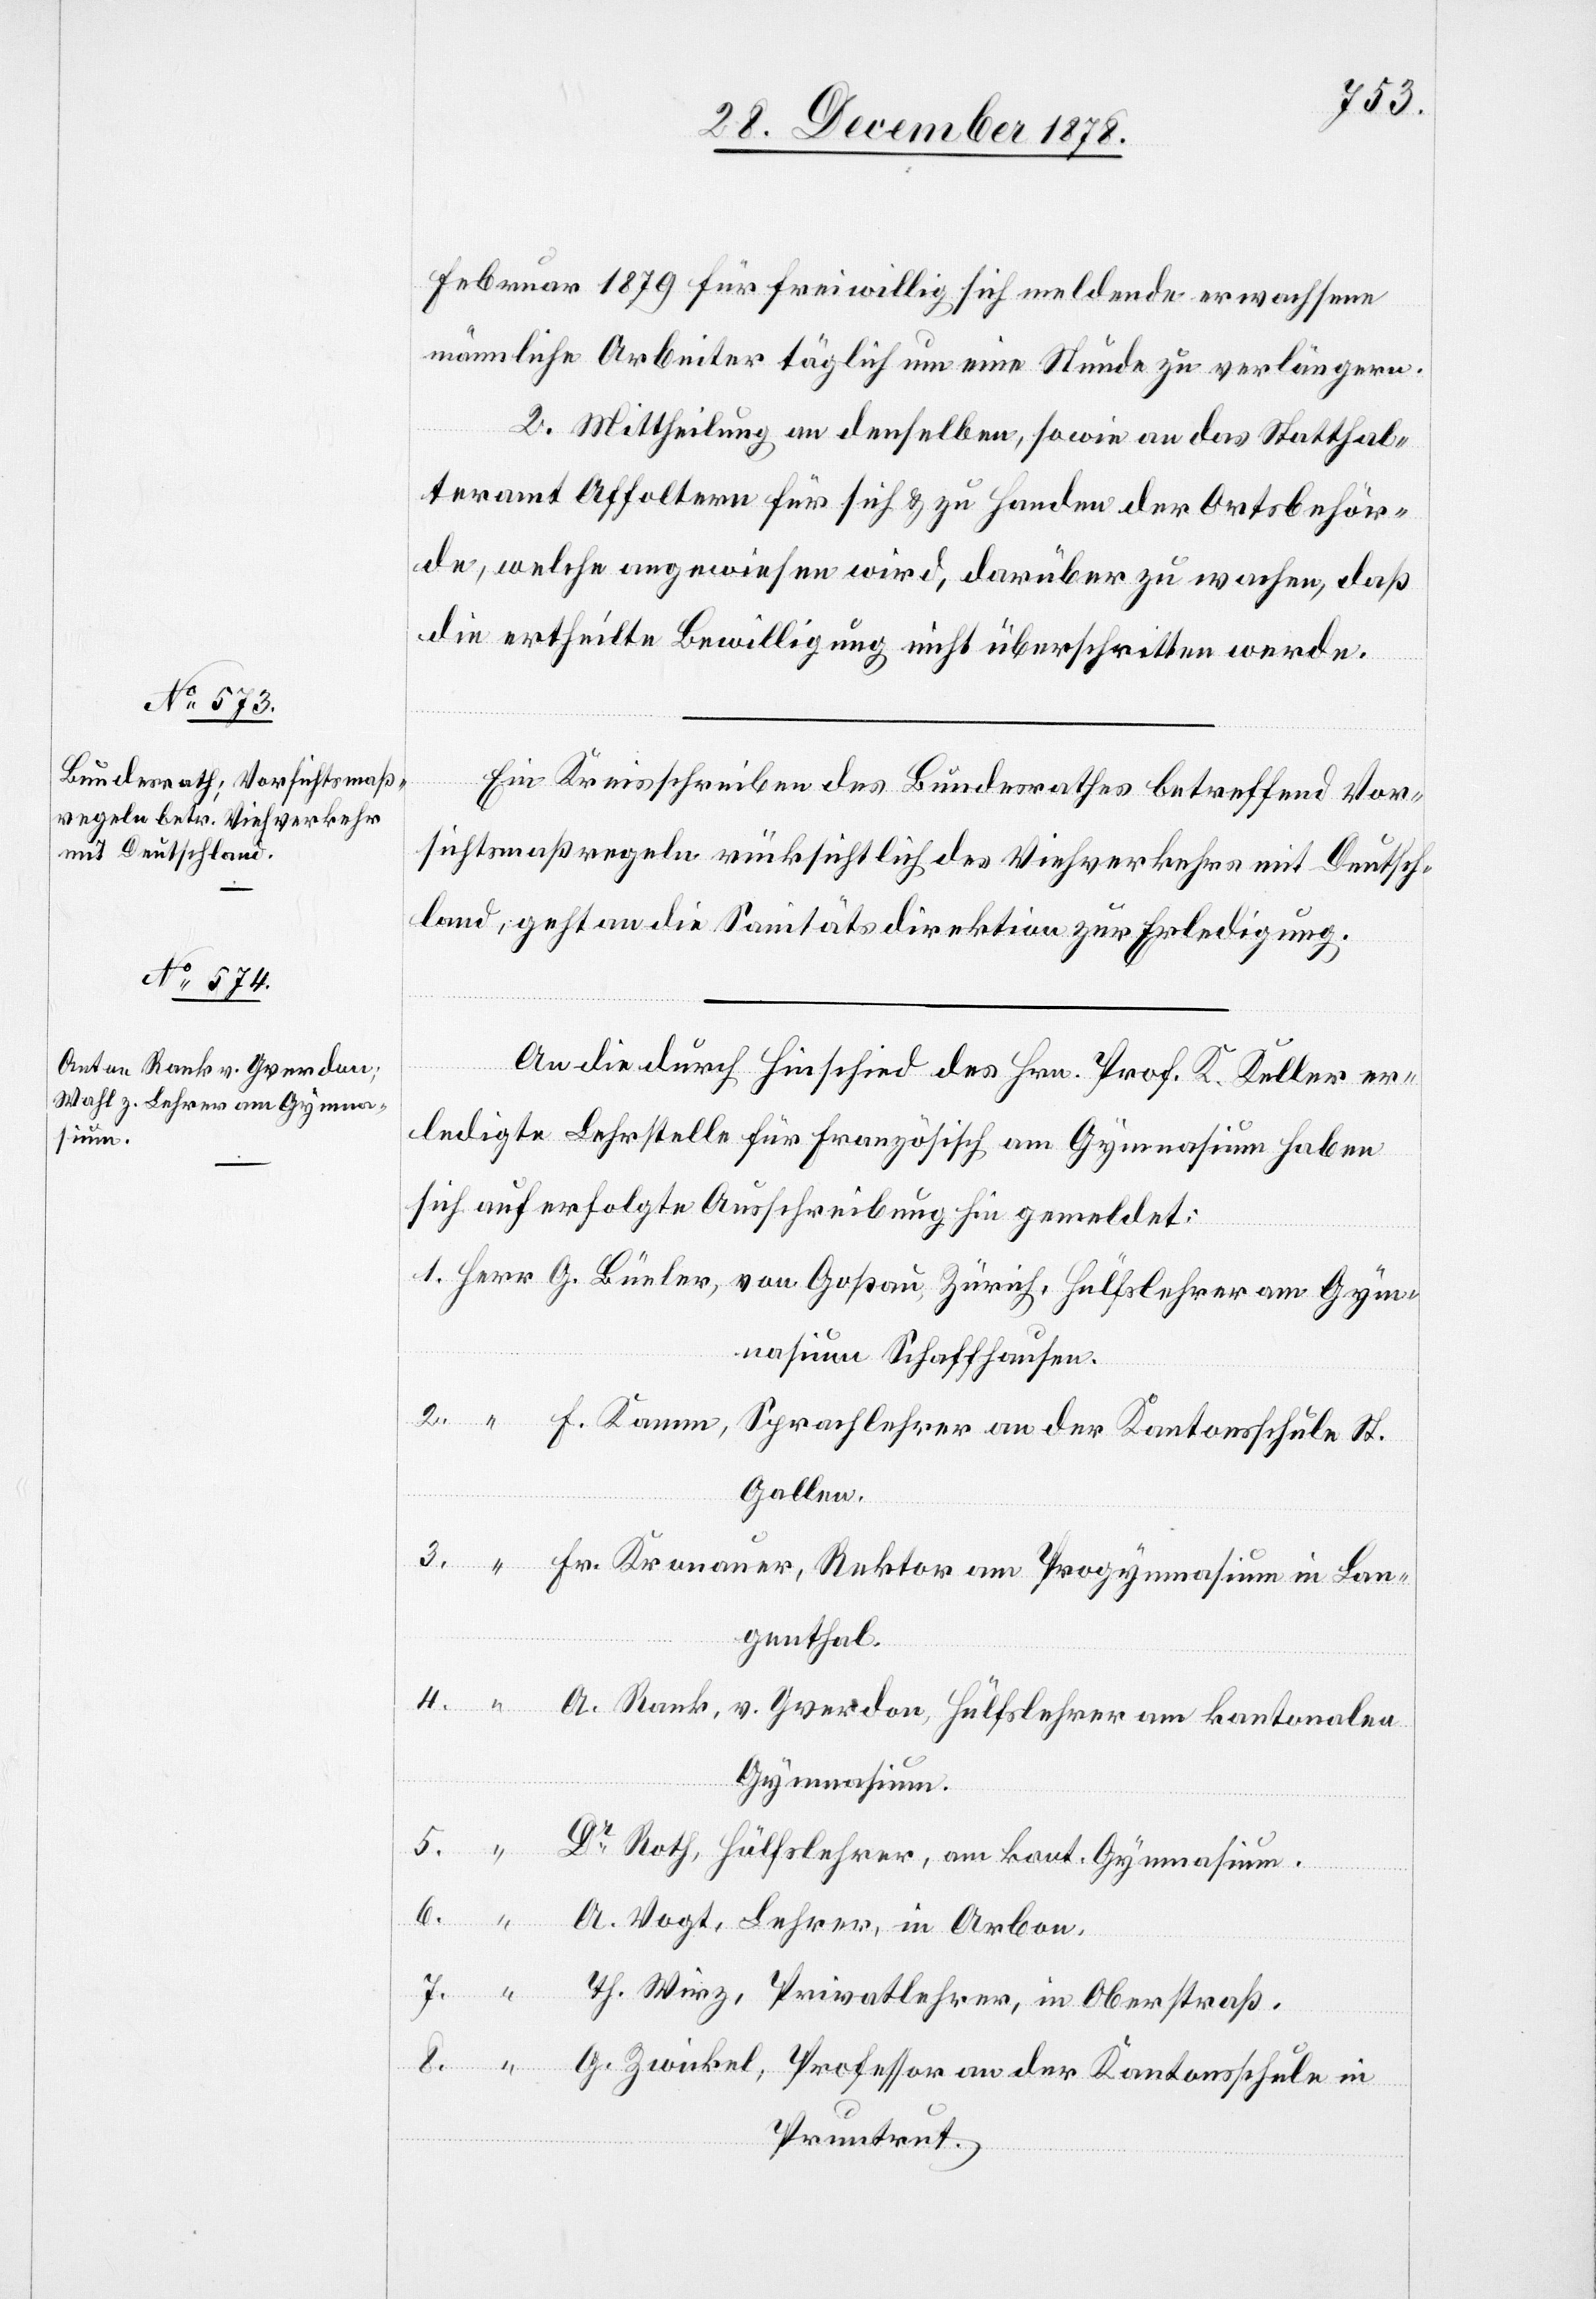
Februar 1879 für freiwillig sich meldende erwachsene
männliche Arbeiter täglich um eine Stunde zu verlängern.
2. Mittheilung an denselben, sowie an das Statthal¬
teramt Affoltern für sich & zu Handen der Ortsbehör¬
de, welche angewiesen wird, darüber zu wachen, daß
die ertheilte Bewilligung nicht überschritten werde.
Ein Kreisschreiben des Bundesrathes betreffend Vor¬
sichtsmaßregeln rücksichtlich des Viehverkehrs mit Deutsch¬
land, geht an die Sanitätsdirektion zur Erledigung.
An die durch Hinschied des Hrn. Prof. K. Keller er¬
ledigte Lehrstelle für Französisch am Gymnasium haben
sich auf erfolgte Ausschreibung hin gemeldet:
1. Herr G. Büeler, von Goßau, Zürich, Hülfslehrer am Gym¬
nasium Schaffhausen.
2. “ F. Kamm, Sprachlehrer an der Kantonsschule St.
Gallen.
3. “ Fr. Kronauer, Rektor am Progymnasium in Lan¬
genthal.
4. “ A. Rank, v. Yverdon, Hülfslehrer am kantonalen
Gymnasium.
5. “ Dr Roth, Hülfslehrer, am kant. Gymnasium.
6. “ A. Vogt, Lehrer, in Arbon.
7. “ Th. Wirz, Privatlehrer, in Oberstraß.
8. “ G. Zwickel, Professor an der Kantonsschule in
Pruntrut.